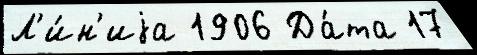
Л'и́н'иjа 1906 Да́та 17